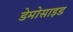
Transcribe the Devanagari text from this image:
डेमोसाइड